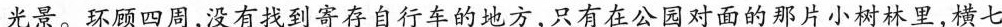
光景。环顾四周，没有找到寄存自行车的地方，只有在公园对面的那片小树林里，横七